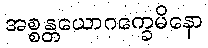
အစ္စန္တယောဂက္ခေမိနော